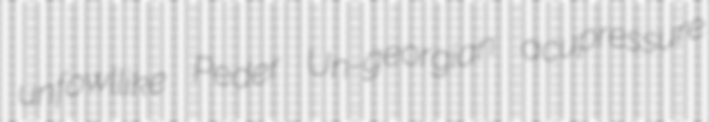
unfowllike Peder Un-georgian acupressure